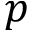
p